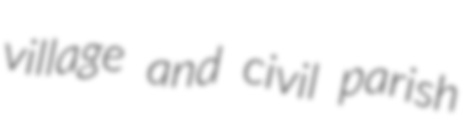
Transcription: village and civil parish